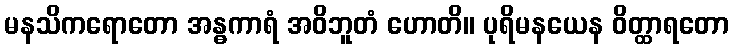
မနသိကရောတော အန္ဓကာရံ အဝိဘူတံ ဟောတိ။ ပုရိမနယေန ဝိတ္ထာရတော